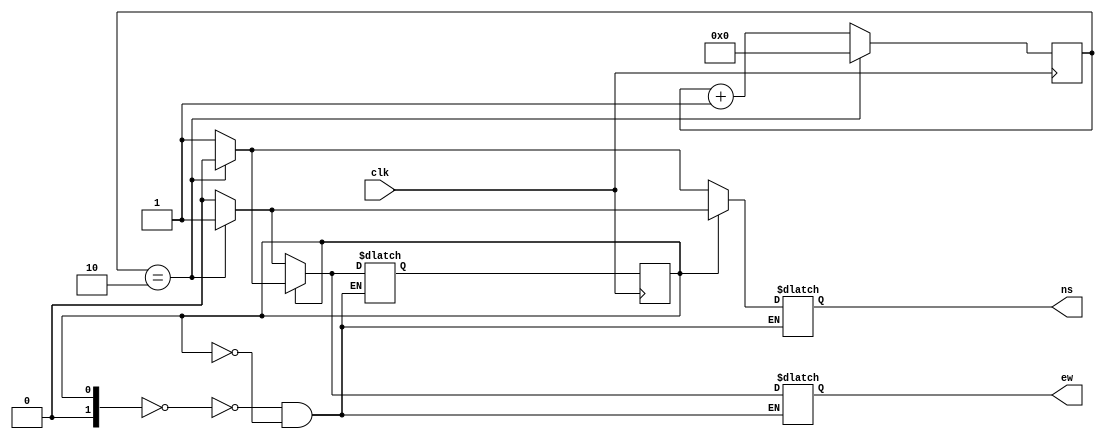
module B220068CS_SNEHA_2( output reg ns,ew,input clk);
	reg [1:0] present,next;
	parameter s0=1'b0,s1=1'b1;
	reg[3:0] count=0;
	initial begin present<=s1; next<=s0; end
	
	always @ (posedge clk) begin
		if (count==2) begin
			count<=0;
			present<=next;
		end
		else
			count<=count+1;
			present<=next;
	end
	
	always @ (present,count) begin
		case(present)
		s0:
			if (count==2) begin
				next=s1;ns=0;ew=1;
			end
			else begin
				next=s0; ns=1;ew=0;
			end
		s1:
			if (count==2) begin
				next=s0; ns=1;ew=0;
			end
			else begin
				next=s1;ns=0;ew=1;
			end
		endcase
	end
endmodule